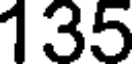
135